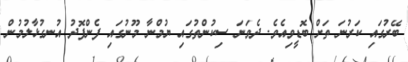
ބޭރުގައި ކަރުނަ ތަށް ބޮޑީވިއެވެ. ދެވަނަ ސިކުންތުގައި ޔުމްނާ މޫނުގައި ފެންފޮދު އުނގުޅާލުމުން